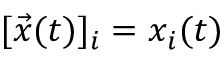
[ \vec { x } ( t ) ] _ { i } = x _ { i } ( t )